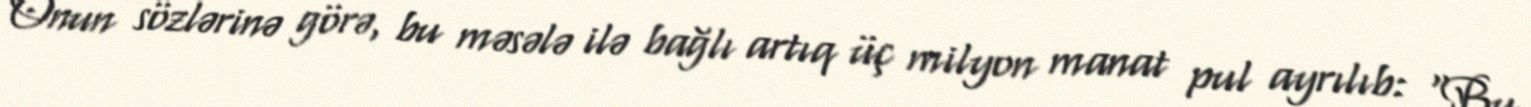
Onun sözlərinə görə, bu məsələ ilə bağlı artıq üç milyon manat pul ayrılıb: “Bu